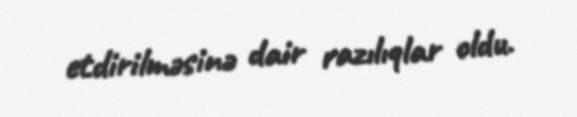
etdirilməsinə dair razılıqlar oldu.